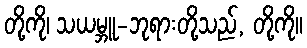
တို့ကို၊ သယမ္ဘူ-ဘုရားတို့သည်, တို့ကို။